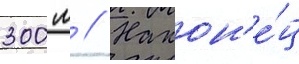
300 м // Након'е́ц